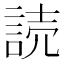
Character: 読